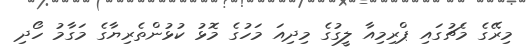
މިރޭގެ މެޗުގައި ޕްރިމިއާ ލީގުގެ މިދިއަ މަހުގެ މޮޅު ކުޅުންތެރިޔާގެ މަގާމު ހޯދި